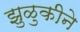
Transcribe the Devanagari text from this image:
झुळुकीने